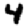
Digit: 4